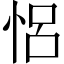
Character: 𢙲